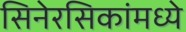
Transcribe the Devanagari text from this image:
सिनेरसिकांमध्ये